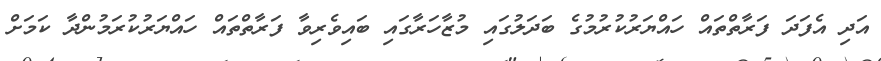
އަދި އެފަދަ ފަރާތްތައް ހައްޔަރުކުރުމުގެ ބަދަލުގައި މުޒާހަރާގައި ބައިވެރިވާ ފަރާތްތައް ހައްޔަރުކުރަމުންދާ ކަމަށް